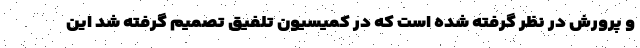
و پرورش در نظر گرفته شده است که در کمیسیون تلفیق تصمیم گرفته شد این